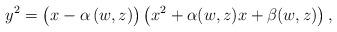
LaTeX: \begin{align*}y^2 = \left(x\vphantom{x^2}-\alpha\left(w,z\right)\right)\left(x^2+\alpha(w,z)x+\beta(w,z)\right), \end{align*}